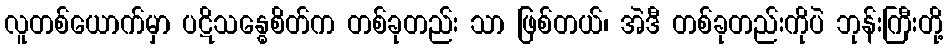
လူတစ်ယောက်မှာ ပဋိသန္ဓေစိတ်က တစ်ခုတည်း သာ ဖြစ်တယ်၊ အဲဒီ တစ်ခုတည်းကိုပဲ ဘုန်းကြီးတို့